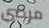
مرضى